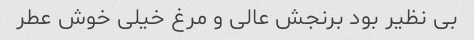
بی نظیر بود برنجش عالی و مرغ خیلی خوش عطر